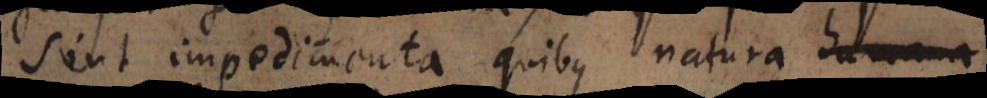
sint impedimenta quibus natura